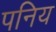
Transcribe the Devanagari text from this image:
पनिय